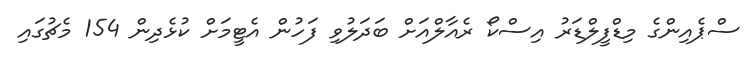
ސްޕެއިންގެ މިޑްފީލްޑަރު އިސްކޯ ރެއާލްއަށް ބަދަލުވި ފަހުން އެޓީމަށް ކުޅެދިން 154 މެޗުގައި